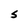
Character: S